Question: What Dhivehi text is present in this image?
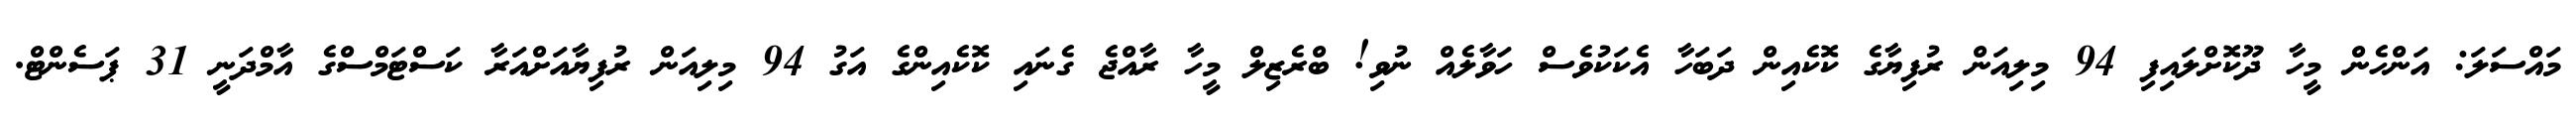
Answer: މައްސަލަ: އަންހެން މީހާ ދޫކޮށްލައިފި 94 މިލިއަން ރުފިޔާގެ ކޮކެއިން ދަބަހާ އެކަކުވެސް ހަވާލެއް ނުވި! ބްރެޒިލް މީހާ ރާއްޖެ ގެނައި ކޮކެއިންގެ އަގު 94 މިލިއަން ރުފިޔާއަށްއަރާ ކަސްޓަމްސްގެ އާމްދަނީ 31 ޕަސެންޓް.